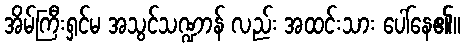
အိမ်ကြီးရှင်မ အသွင်သဏ္ဍာန် လည်း အထင်းသား ပေါ်နေ၏။